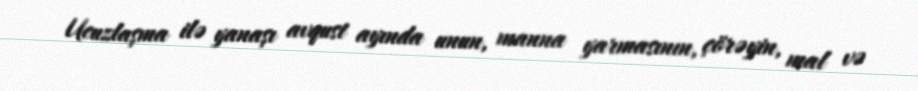
Ucuzlaşma ilə yanaşı avqust ayında unun, manna yarmasının, çörəyin, mal və